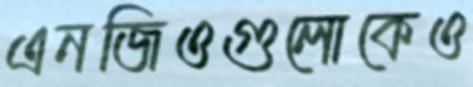
এনজিওগুলোকেও